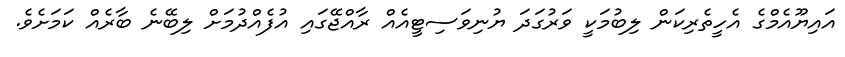
އައިޔޫއެމްގެ އެހީތެރިކަން ލިބުމަކީ ވަރުގަދަ ޔުނިވަސިޓީއެއް ރާއްޖޭގައި އުފެއްދުމަށް ލިބޭނެ ބާރެއް ކަމަށެވެ.